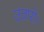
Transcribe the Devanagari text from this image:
उतारो।